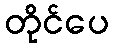
တိုင်ပေ